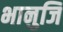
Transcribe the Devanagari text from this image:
भानुजि